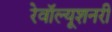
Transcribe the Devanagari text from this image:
रेवॉल्यूशनरी